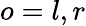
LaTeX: o=l,r